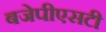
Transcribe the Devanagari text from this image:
बजेपीएसटी